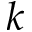
k